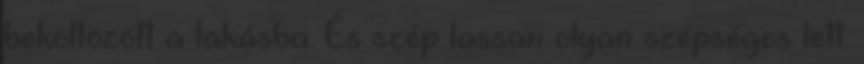
beköltözött a lakásba. És szép lassan olyan szépséges lett.